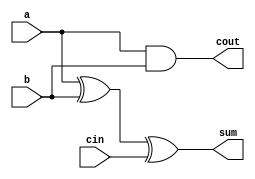
module full_adder2(a,b,cin,sum,cout);
input a,b,cin;
output sum,cout;
assign sum = a^b^cin;
assign cout = a&b|cin&(1'b0); 
// initial begin
//     $display("The incorrect adder with or0 and and1 having out/0 and in1/0");
// end   
endmodule